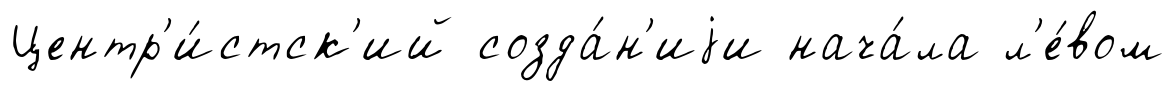
Центр'и́стск'ий созда́н'иjи нача́ла л'е́вом